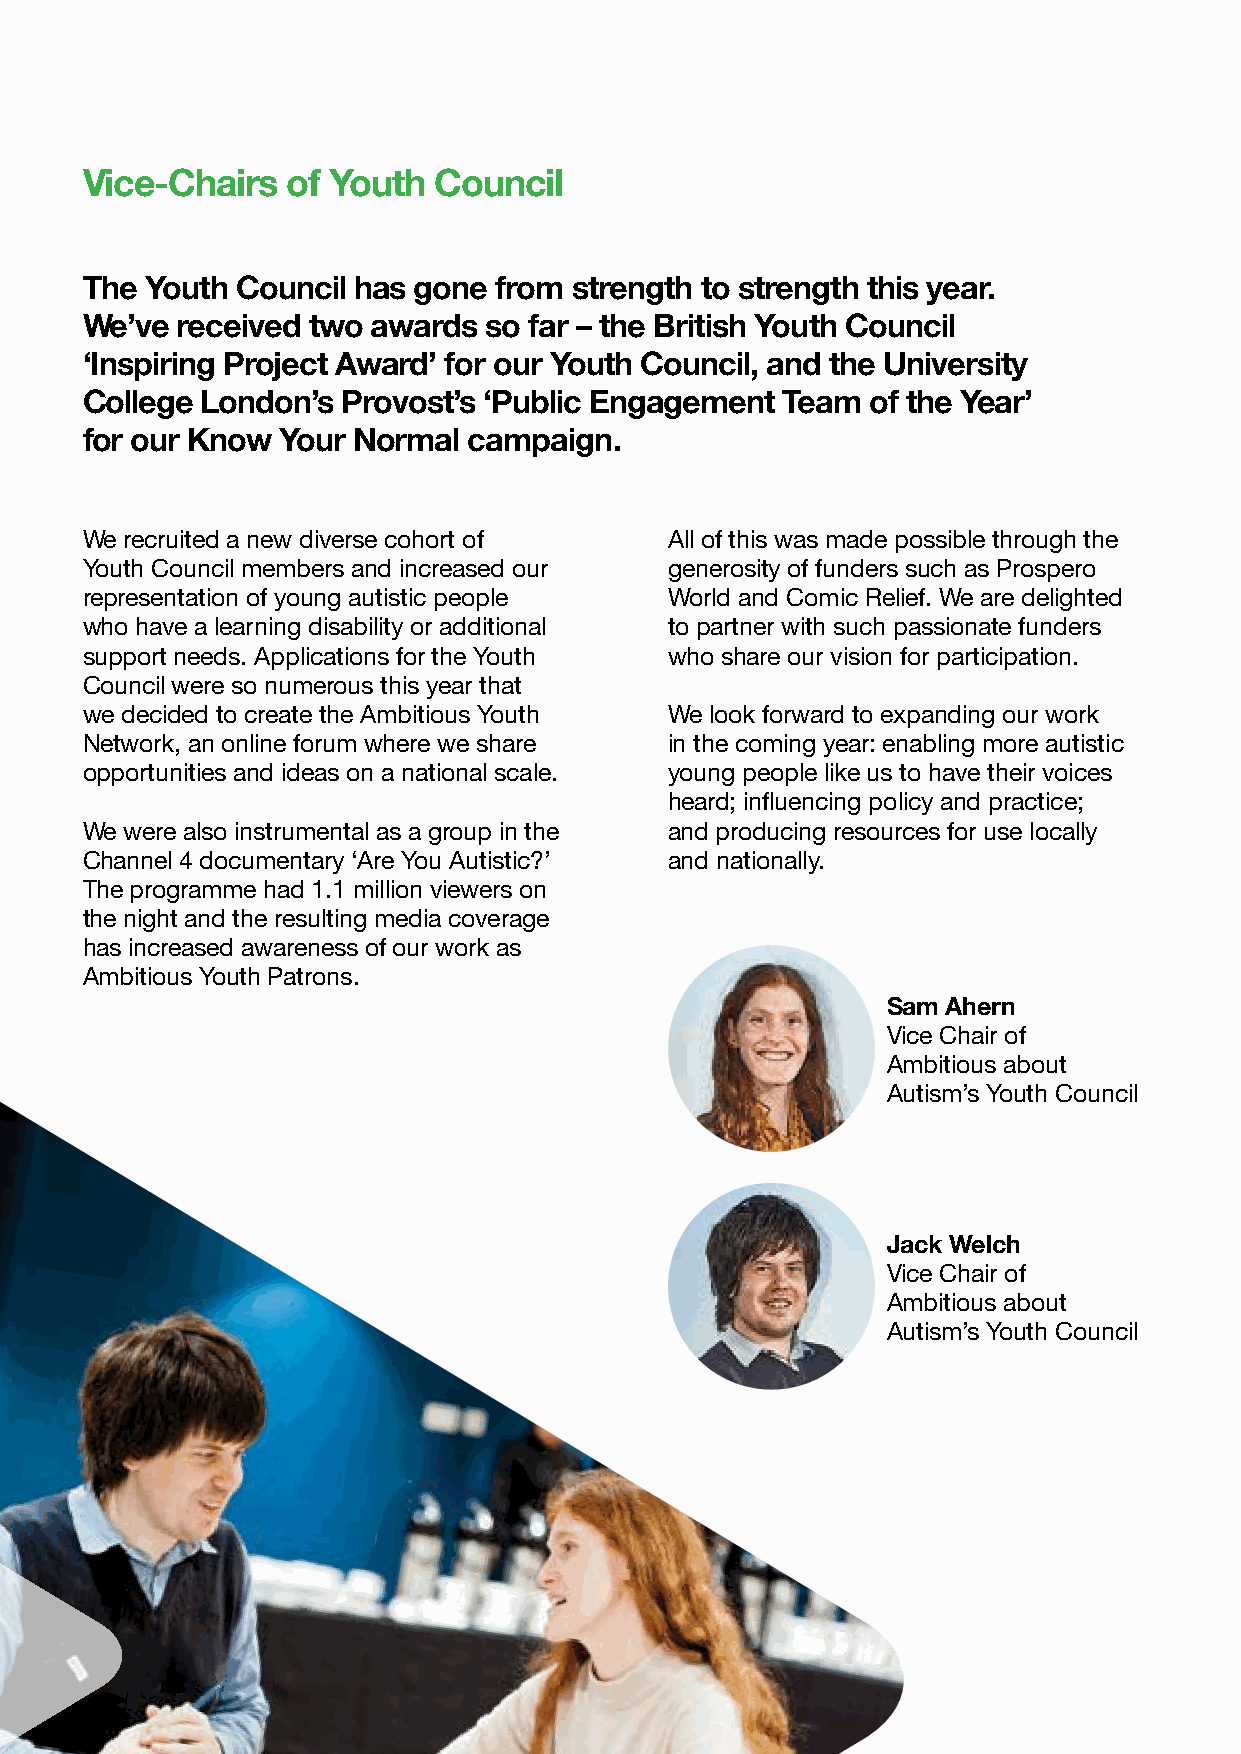
Vice-Chairs   of Youth  Council
 The  Youth Council has gone from strength to strength this year.
 We’ve  received two awards so far – the British Youth Council
 ‘Inspiring Project Award’ for our Youth Council, and the University
 College London’s  Provost’s ‘Public Engagement Team  of the Year’
 for our Know  Your Normal campaign.
 We recruited a new diverse cohort of   All of this was made possible through the
 Youth Council members and increased our generosity of funders such as Prospero
 representation of young autistic people World and Comic Relief. We are delighted
 who have a learning disability or additional to partner with such passionate funders
 support needs. Applications for the Youth who share our vision for participation.
 Council were so numerous this year that
 we decided to create the Ambitious Youth We look forward to expanding our work
 Network, an online forum where we share in the coming year: enabling more autistic
 opportunities and ideas on a national scale. young people like us to have their voices
 heard; influencing policy and practice;
 We were also instrumental as a group in the and producing resources for use locally
 Channel 4 documentary ‘Are You Autistic?’ and nationally.
 The programme had 1.1 million viewers on
 the night and the resulting media coverage
 has increased awareness of our work as
 Ambitious Youth Patrons.
 Sam Ahern
 Vice Chair of
 Ambitious about
 Autism’s Youth Council
 Jack Welch
 Vice Chair of
 Ambitious about
 Autism’s Youth Council
 12 | Ambitious about Autism Annual Report and Accounts 2017–18